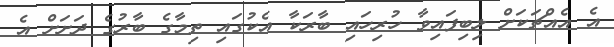
އެ އެއްޗަކަށް ލިބިފައިވާ ހުރިހައި ބާރަކާ އެކުގައި ތިމާގެ ބާރުގެ ދަށަށް އެ